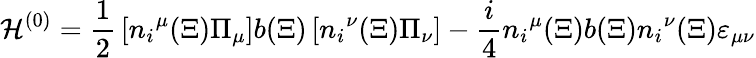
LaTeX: {\cal H}^{(0)}={\frac{1}{2}}\left[{n_{i}}^{\mu}(\Xi)\Pi_{\mu}\right]b(\Xi)\left[{n_{i}}^{\nu}(\Xi)\Pi_{\nu}\right]-{\frac{i}{4}}{n_{i}}^{\mu}(\Xi)b(\Xi){n_{i}}^{\nu}(\Xi)\varepsilon_{\mu\nu}